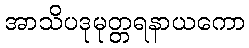
အာသိပဒုမုတ္တရနာယကော